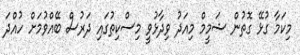
މިކަމާ ގުޅޭ ގޮތުން ޝަމީމް މިއަދު ވިދާޅުވީ މިސްކިތުގައި ދަރުސް ބޭއްވުމަށް ހުއްދަ